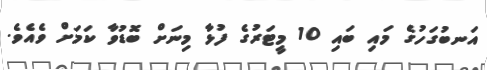
އަނބުގަހުގެ މައި ބައި 10 މީޓަރުގެ ފުޅާ މިނަށް ބޮޑުވާ ކަމަށް ވެއެވެ.